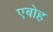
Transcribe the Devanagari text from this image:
एबोह